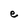
Character: e